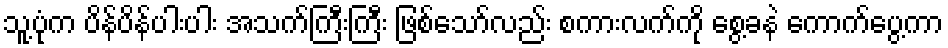
သူ့ပုံက ပိန်ပိန်ပါးပါး အသက်ကြီးကြီး ဖြစ်သော်လည်း စကားလက်ကို စွေ့ခနဲ ကောက်ပွေ့ကာ